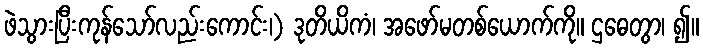
ဖဲသွားပြီးကုန်သော်လည်းကောင်း၊) ဒုတိယိကံ၊ အဖော်မတစ်ယောက်ကို။ ဌဓေတွာ၊ ၍။